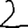
Digit: 2